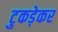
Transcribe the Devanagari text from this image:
टुकड़ेकर